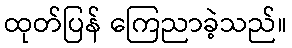
ထုတ်ပြန် ကြေညာခဲ့သည်။